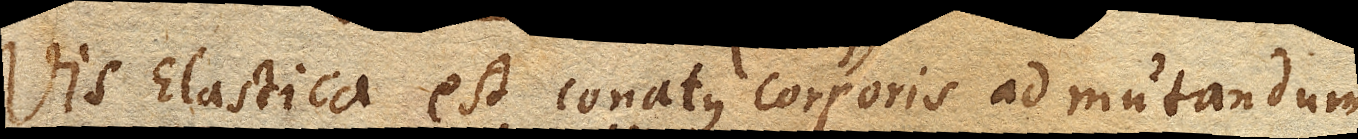
Vis Elastica (Restitutio) est conatus (motus) corporis ad mutandum